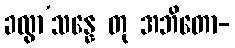
ခလွာ’သန္နေ တု အဘိတော-